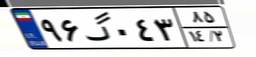
۹۶گ۰۴۳۸۵